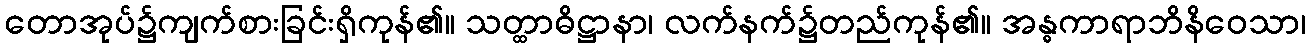
တောအုပ်၌ကျက်စားခြင်းရှိကုန်၏။ သတ္ထာဓိဋ္ဌာနာ၊ လက်နက်၌တည်ကုန်၏။ အန္ဓကာရာဘိနိဝေသာ၊